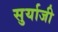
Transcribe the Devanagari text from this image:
सुर्याजी